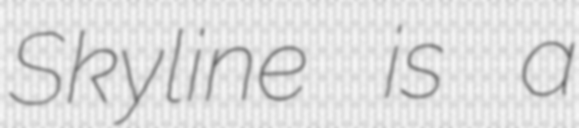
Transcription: Skyline is a